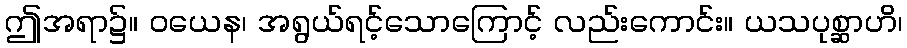
ဤအရာ၌။ ဝယေန၊ အရွယ်ရင့်သောကြောင့် လည်းကောင်း။ ယသပုစ္ဆာဟိ၊